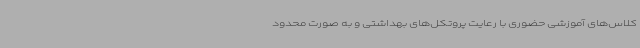
کلاس‌های آموزشی حضوری با رعایت پروتکل‌های بهداشتی و به صورت محدود